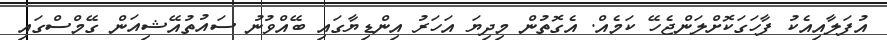
އުފަލާއިއެކު ފާހަގަކޮށްލަންޖެހޭ ކަމެއް. އެގޮތުން މިދިޔަ އަހަރު އިންޑިޔާގައި ބޭއްވުނު ސައުތުއޭޝިއަން ގޭމްސްގައި